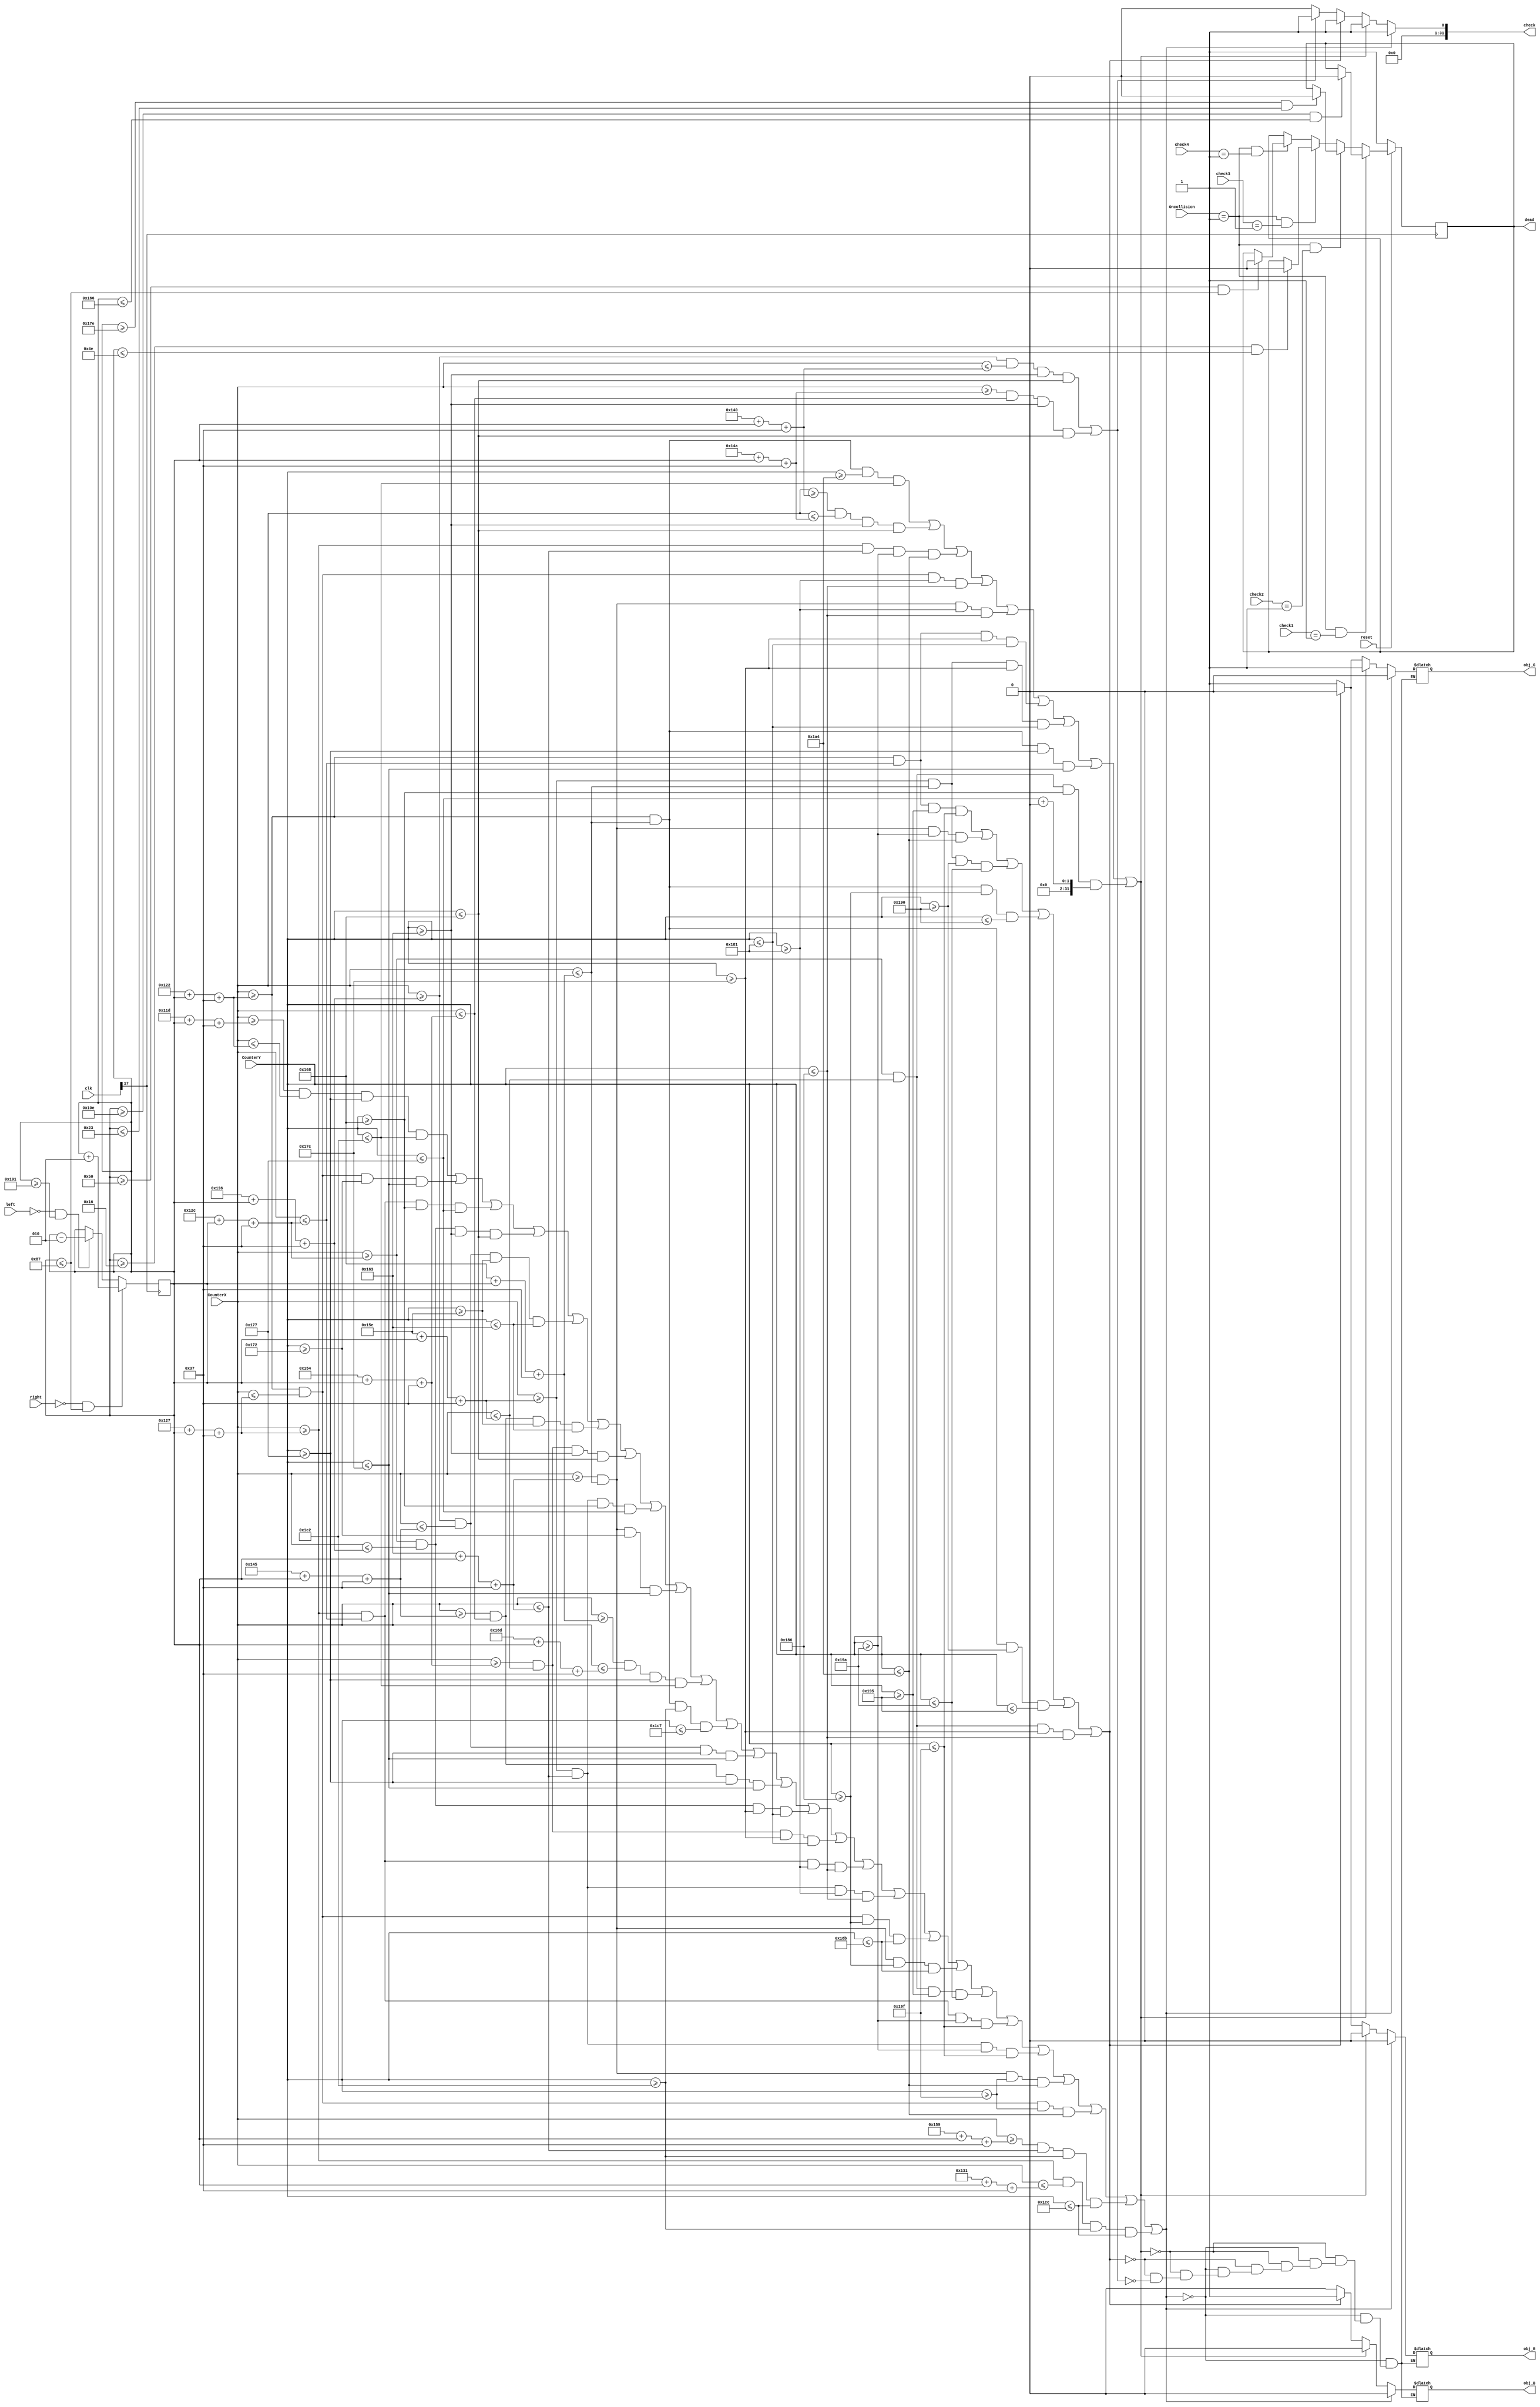
module Object(CounterX,CounterY,obj_R,obj_G,obj_B,clk,right,left,check,check1,check2,check3,check4,Oncollision,dead,reset);
input [9:0] CounterX;
input [8:0] CounterY;
input [24:0]clk,Oncollision,check1,check2,check3,check4;
output reg obj_R,obj_G,obj_B,dead;
output integer check;
input left,reset;
input right;
integer positionx,var;
reg ck;

integer Y ;
initial begin Y = 0 ; end
initial begin positionx = 0 ; end
initial begin dead = 1 ;end
initial begin var=55; end
always @( posedge clk[17] )
	begin

	if(!reset)
	begin  dead=1;
	end
	else if(Oncollision == 1 && check1==1)begin //1
	if(positionx >= -242 && positionx <= -154)
			    dead=0;
	end

	else if(Oncollision == 1 && check2==1)begin //2
	if(positionx >= -130 && positionx <= -29)	// First is -117 to -29
			    dead=0;
	end

	else if(Oncollision == 1 && check3==1 )begin  //3
	if(positionx >= -10 && positionx <= 78)	//8 9    8 to 96
			    dead=0;
	end

	else if(Oncollision == 1 && check4==1)begin  //4
	if(positionx >= 80 && positionx <= 135)	//133 to 221
			   dead=0;
	end

	 if(right == 0 && positionx <= 135 ) //135
			positionx = positionx+2;
	 else if(left == 0 && positionx  >=-255  )
			positionx = positionx-2;
	end

wire border = (CounterX[9:3]==0) || (CounterX[9:3]==79) || (CounterY[8:3]==0) || (CounterY[8:3]==59);

wire rectangular =  ((CounterX>=285+positionx ) && (CounterX<=365+positionx )&& (CounterY>=350  ) && (CounterY<=460));//ref point car

wire carBorder = (CounterX>=285+positionx+var)&& (CounterX<=290+positionx+var) && (CounterY>=375+Y) && (CounterY<=450+Y)
					  || (CounterX>=290+positionx+var)&& (CounterX<=295+positionx+var) && (CounterY>=370+Y) && (CounterY<=380+Y)
					  || (CounterX>=295+positionx+var)&& (CounterX<=300+positionx+var) && (CounterY>=360+Y) && (CounterY<=375+Y)
					  || (CounterX>=300+positionx+var)&& (CounterX<=310+positionx+var) && (CounterY>=355+Y) && (CounterY<=360+Y)
					  || (CounterX>=310+positionx+var)&& (CounterX<=325+positionx+var) && (CounterY>=350+Y) && (CounterY<=355+Y)
					  || (CounterX>=325+positionx+var)&& (CounterX<=340+positionx+var) && (CounterY>=350+Y) && (CounterY<=355+Y)
					  || (CounterX>=340+positionx+var)&& (CounterX<=350+positionx+var) && (CounterY>=355+Y) && (CounterY<=360+Y)
					  || (CounterX>=350+positionx+var)&& (CounterX<=355+positionx+var) && (CounterY>=360+Y) && (CounterY<=375+Y)
					  || (CounterX>=355+positionx+var)&& (CounterX<=360+positionx+var) && (CounterY>=370+Y) && (CounterY<=380+Y)
					  || (CounterX>=360+positionx+var)&& (CounterX<=365+positionx+var) && (CounterY>=375+Y) && (CounterY<=450+Y)
					  || (CounterX>=290+positionx+var)&& (CounterX<=360+positionx+var) && (CounterY>=450+Y) && (CounterY<=455+Y)
					  || (CounterX>=310+positionx+var)&& (CounterX<=325+positionx+var) && (CounterY>=375+Y) && (CounterY<=380+Y)
					  || (CounterX>=325+positionx+var)&& (CounterX<=340+positionx+var) && (CounterY>=375+Y) && (CounterY<=380+Y)
					  || (CounterX>=300+positionx+var)&& (CounterX<=310+positionx+var) && (CounterY>=380+Y) && (CounterY<=385+Y)
					  || (CounterX>=340+positionx+var)&& (CounterX<=350+positionx+var) && (CounterY>=380+Y) && (CounterY<=385+Y)
				     || (CounterX>=295+positionx+var)&& (CounterX<=300+positionx+var) && (CounterY>=385+Y) && (CounterY<=390+Y)
					  || (CounterX>=350+positionx+var)&& (CounterX<=355+positionx+var) && (CounterY>=385+Y) && (CounterY<=390+Y)
					  || (CounterX>=290+positionx+var)&& (CounterX<=295+positionx+var) && (CounterY>=390+Y) && (CounterY<=395+Y)
					  || (CounterX>=355+positionx+var)&& (CounterX<=360+positionx+var) && (CounterY>=390+Y) && (CounterY<=395+Y)
					  || (CounterX>=300+positionx+var)&& (CounterX<=350+positionx+var) && (CounterY>=405+Y) && (CounterY<=410+Y)
					  || (CounterX>=295+positionx+var)&& (CounterX<=300+positionx+var) && (CounterY>=410+Y) && (CounterY<=415+Y)
					  || (CounterX>=350+positionx+var)&& (CounterX<=355+positionx+var) && (CounterY>=410+Y) && (CounterY<=415+Y)
					  || (CounterX>=355+positionx+var)&& (CounterX<=360+positionx+var) && (CounterY>=415+Y) && (CounterY<=420+Y)
					  || (CounterX>=290+positionx+var)&& (CounterX<=295+positionx+var) && (CounterY>=415+Y) && (CounterY<=420+Y)
					  || (CounterX>=345+positionx+var)&& (CounterX<=355+positionx+var) && (CounterY>=450+Y) && (CounterY<=460+Y)
					  || (CounterX>=295+positionx+var)&& (CounterX<=305+positionx+var) && (CounterY>=450+Y) && (CounterY<=460+Y);

wire insideCar = ((CounterX>=290+positionx+var)&& (CounterX<=360+positionx+var) && (CounterY>=420+Y) && (CounterY<=450+Y) //btm
            ||(CounterX>=320+positionx+var) && (CounterX<=330+positionx+var) && (CounterY>=355+Y) && (CounterY<=360+Y)//mirrorblue
					  || (CounterX>=295+positionx+var)&& (CounterX<=355+positionx+var) && (CounterY>=410+Y) && (CounterY<=420+Y)//btm
					  || (CounterX>=290+positionx+var)&& (CounterX<=295+positionx+var) && (CounterY>=385+Y) && (CounterY<=390+Y)//Troof
					  || (CounterX>=355+positionx+var)&& (CounterX<=360+positionx+var) && (CounterY>=385+Y) && (CounterY<=390+Y)//Troof
					  || (CounterX>=290+positionx+var)&& (CounterX<=300+positionx+var) && (CounterY>=380+Y) && (CounterY<=385+Y)//Troof
					  || (CounterX>=350+positionx+var)&& (CounterX<=360+positionx+var) && (CounterY>=380+Y) && (CounterY<=385+Y)//Troof
					  || (CounterX>=290+positionx+var)&& (CounterX<=360+positionx+var) && (CounterY>=375+Y) && (CounterY<=380+Y)//Troof
					  || (CounterX>=300+positionx+var)&& (CounterX<=350+positionx+var) && (CounterY>=360+Y) && (CounterY<=375)+Y);//Troof

wire mirror = 	((CounterX>=290+positionx+var)&& (CounterX<=300+positionx+var) && (CounterY>=405+Y) && (CounterY<=415+Y)//roof
			        || (CounterX>=355+positionx+var)&& (CounterX<=360+positionx+var) && (CounterY>=410+Y) && (CounterY<=420+Y)//roof
					  || (CounterX>=350+positionx+var)&& (CounterX<=360+positionx+var) && (CounterY>=400+Y) && (CounterY<=410+Y)//roof
					  || (CounterX>=290+positionx+var)&& (CounterX<=360+positionx+var) && (CounterY>=390+Y) && (CounterY<=400+Y)//roof
					  || (CounterX>=290+positionx+var)&& (CounterX<=360+positionx+var) && (CounterY>=400+Y) && (CounterY<=405+Y)//roof
					  || (CounterX>=300+positionx+var)&& (CounterX<=350+positionx+var) && (CounterY>=380+Y) && (CounterY<=390+Y));

wire light =   ((CounterX>=310+positionx+var)&& (CounterX<=320+positionx+var) && (CounterY>=355+Y) && (CounterY<=360+Y)
					  ||(CounterX>=330+positionx+var)&& (CounterX<=340+positionx+var) && (CounterY>=355+Y) && (CounterY<=360+Y) );


always @(clk)
begin
if(carBorder==1)
	begin
			obj_R = 0;
		obj_G = 0;
		obj_B = 0;
		check =1;
	end
else if(insideCar)
	begin
		obj_R = 0;
		obj_G = 1;
		obj_B = 0;
		check=1;
	end
else if(mirror)
	begin
		obj_R = 0;
		obj_G = 0;
		obj_B = 1;
		check=1;
	end
else if(light)
	begin
		obj_R = 1;
		obj_G = 1;
		obj_B = 0;
		check=1;
	end
else
check=0;
/*begin
		obj_R <= carBorder; // || wheel;
		obj_G <= carBorder;//|| wheel;
		obj_B <= 0; // || wheel;
		check <= (obj_R|obj_G|obj_B );
	end*/
end
endmodule